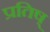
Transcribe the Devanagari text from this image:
प्रतिष्